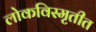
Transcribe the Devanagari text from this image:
लोकविस्मृतीत